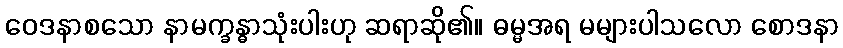
ဝေဒနာစသော နာမက္ခန္ဓာသုံးပါးဟု ဆရာဆို၏။ ဓမ္မအရ မများပါသလော စောဒနာ